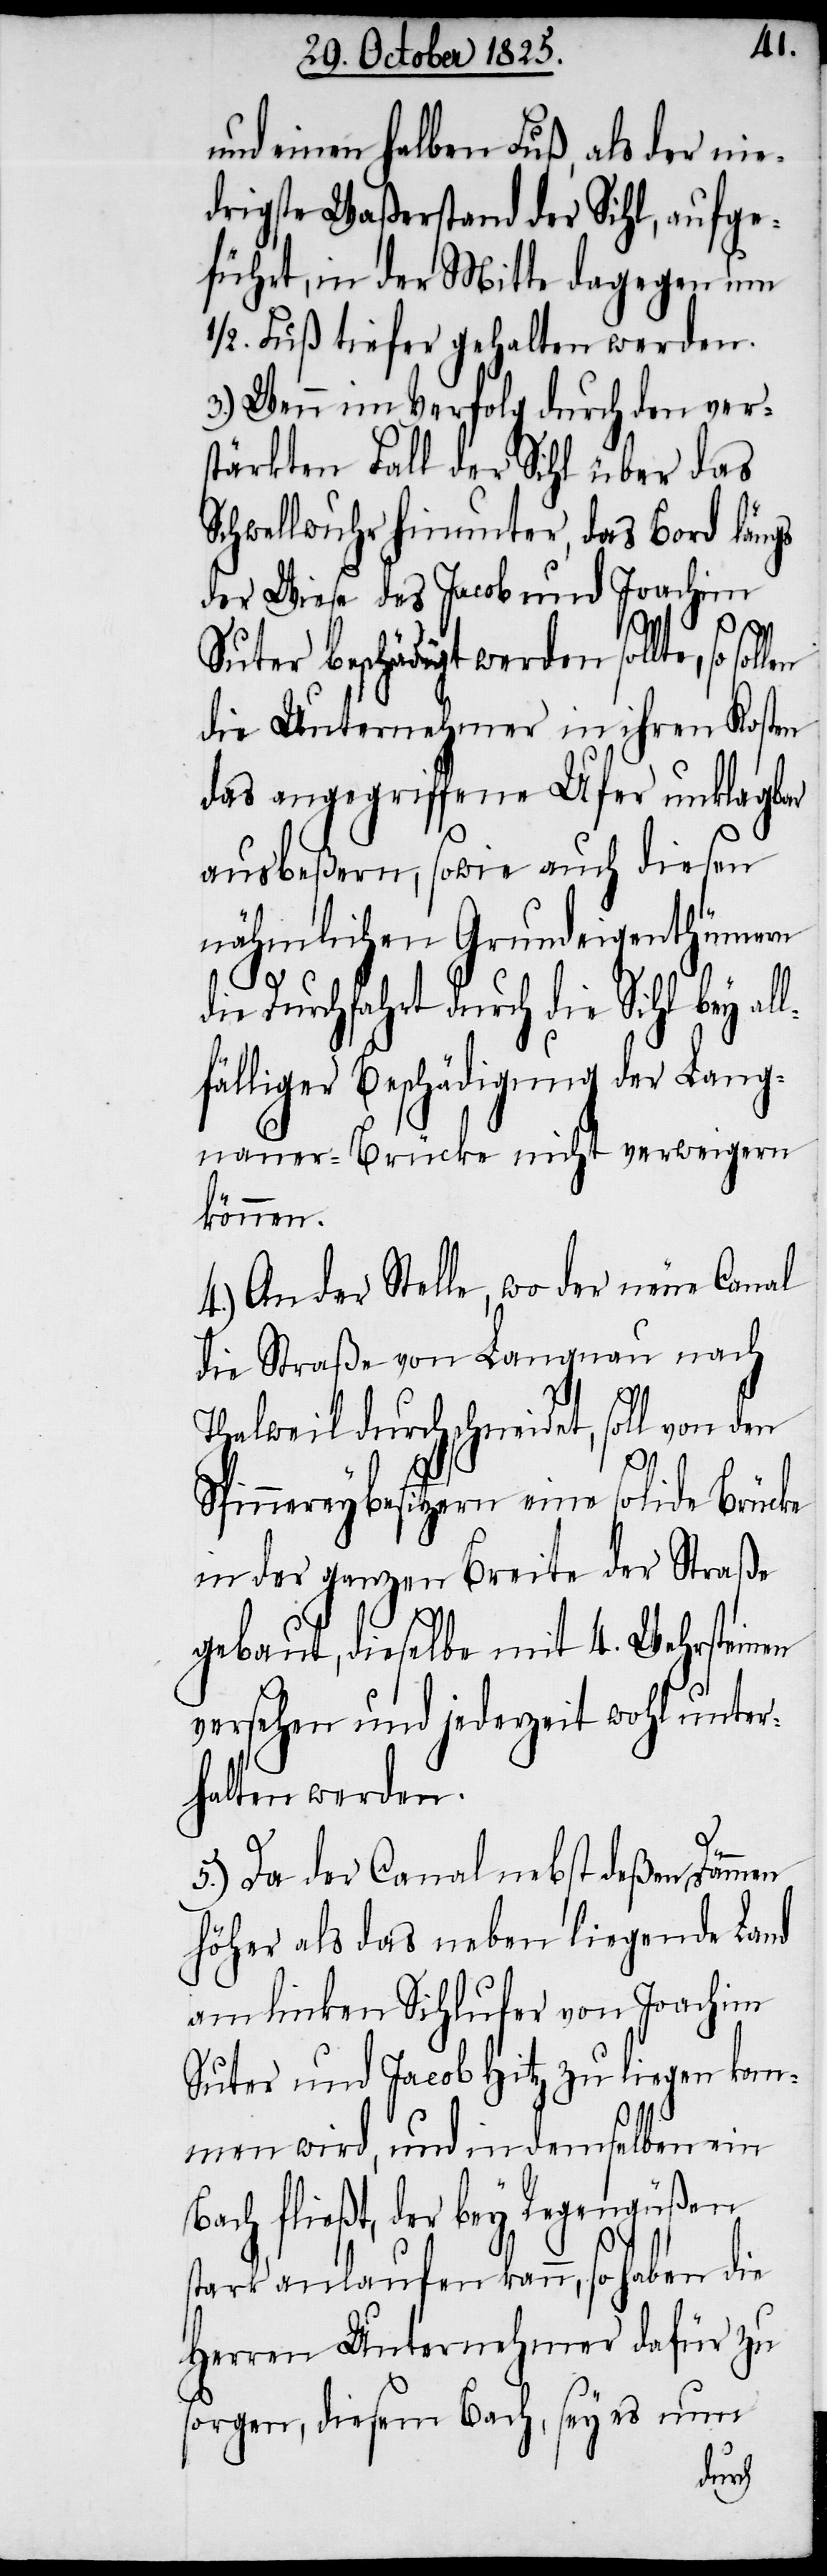
und einen halben Fuß, als der nie¬
drigste Waßerstand der Sihl, aufge¬
führt, in der Mitte dagegen um
1/2. Fuß tiefer gehalten werden.
3.) Wenn im Verfolg durch den ver¬
stärkten Fall der Sihl über das
Schwellwuhr hinunter, das Bord längs
der Wiese des Jacob und Joachim
Suter beschädigt werden sollte,
die Unternehmer in ihren Kosten
das angegriffene Ufer unklagbar
ausbeßern, sowie auch diesen
nähmlichen Grundeigenthümern
die Durchfahrt durch die Sihl bey all¬
fälliger Beschädigung der Lang¬
maur-Brücke nicht verweigern
können.
4.) An der Stelle, wo der neue Canal
die Straße von Langnau nach
Thalweil durchschneidet, soll von den
Spinnereybesitzern eine solide Brücke
in der ganzen Breite der Straße
gebaut, dieselbe mit 4. Wehrsteinen
versehen und jederzeit wohl unter¬
halten werden.
5.) Da der Canal nebst deßen Dämmen
höher als das neben liegende Land
am linken Sihlufer von Joachim
Suter und Jacob Hitz zu liegen kom¬
men wird, und in demselben ein
Bach fließt, der bey Regengüßen
stark anlaufen kann, so haben die
Herren Unternehmer dafür zu
sorgen, diesem Bach, sey es nun